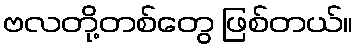
ဗလတို့တစ်တွေ ဖြစ်တယ်။